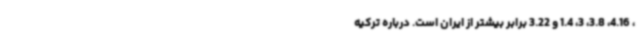
، 4.16، 3.8، 3، 1.4 و 3.22 برابر بیشتر از ایران است. درباره ترکیه